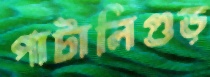
পাটালিগুড়